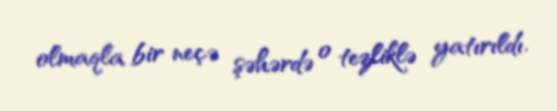
olmaqla bir neçə şəhərdə o tezliklə yatırıldı.